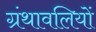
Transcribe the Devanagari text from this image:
ग्रंथावलियों